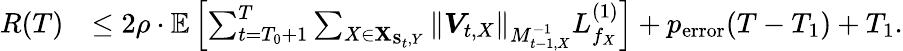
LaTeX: \begin{array}{rl}{R(T)}&{\leq 2\rho\cdot\mathbb{E}\left[\sum_{t=T_{0}+1}^{T}\sum_{X\in{\mathbf X}_{{\mathbf S}_{t},Y}}\left\| \boldsymbol{V}_{t,X}\right\| _{M_{t-1,X}^{-1}}L_{f_{X}}^{(1)}\right]+p_{\mathrm{error}}(T-T_{1})+T_{1}.}\end{array}